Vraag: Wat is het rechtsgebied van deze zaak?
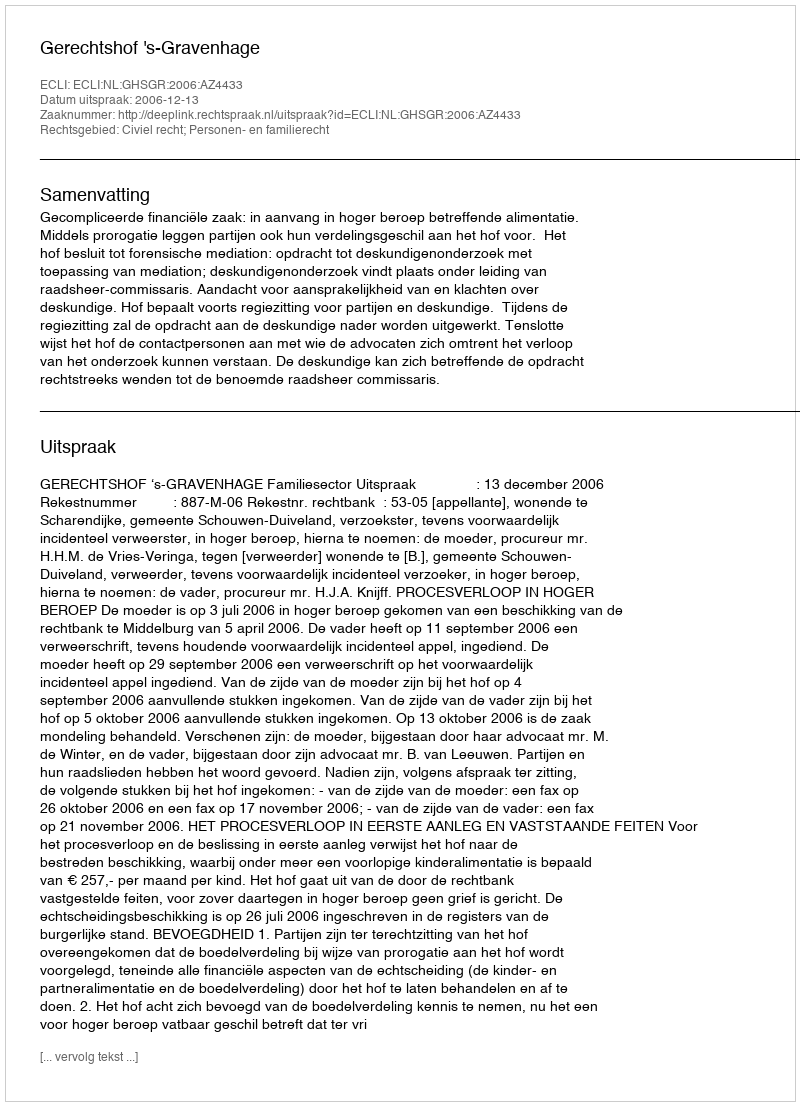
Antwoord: Civiel recht; Personen- en familierecht